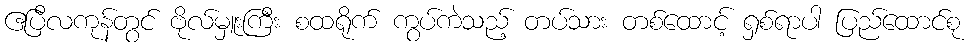
ဧပြီလကုန်တွင် ဗိုလ်မှူးကြီး စထရိုက် ကွပ်ကဲသည့် တပ်သား တစ်ထောင့် ရှစ်ရာပါ ပြည်ထောင်စု